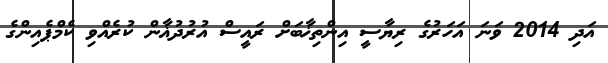
އަދި 2014 ވަނަ އަހަރުގެ ރިޔާސީ އިންތިޚާބަށް ރައީސް އުރުދުޣާން ކުރެއްވި ކެމްޕެއިންގެ